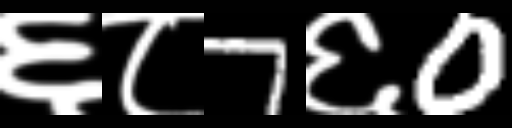
Text: ६८7६0